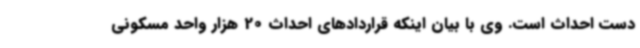
دست احداث است. وی با بیان اینکه قراردادهای احداث 20 هزار واحد مسکونی